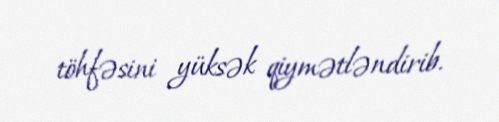
töhfəsini yüksək qiymətləndirib.